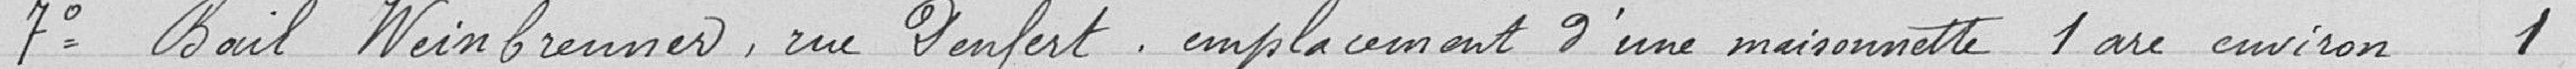
7° Bail Weinbrunner, rue Denfert, emplacement d'une maisonnette 1 are environ 1